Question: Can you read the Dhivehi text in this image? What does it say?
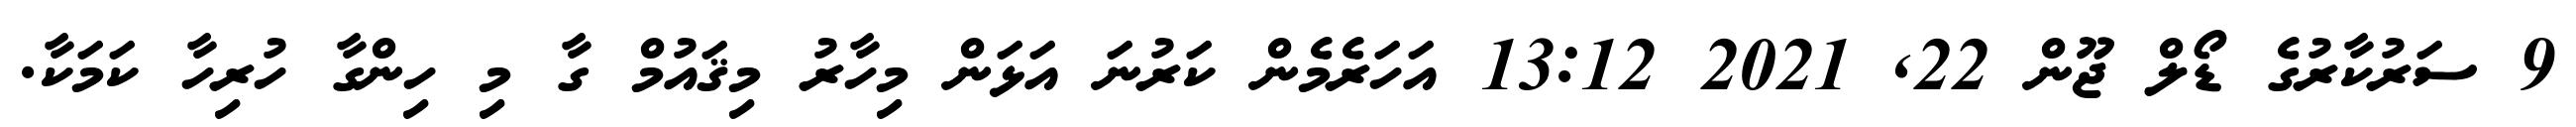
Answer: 9 ސަރުކާރުގެ ޑޯލް ޖޫން 22, 2021 13:12 އަހަރެމެން ކަރުނަ އަޅަން މިހާރު މިޤައުމް ގާ މި ހިންގާ ހުރިހާ ކަމަކާ.